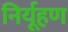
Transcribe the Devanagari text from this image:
निर्यूहण